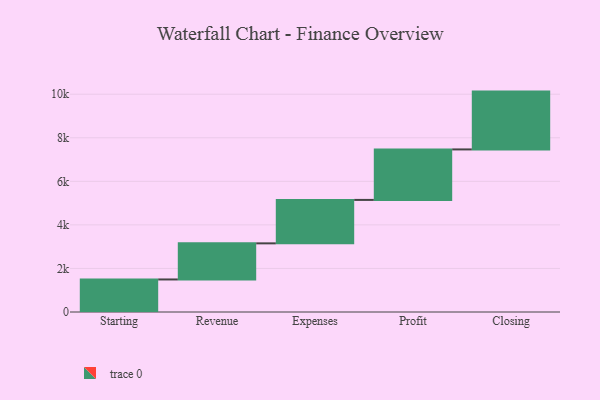
{"axis": {"x": "Step", "y": "Value"}, "legend": [""], "data": [{"x": "Starting", "y": 1494.0, "type": ""}, {"x": "Revenue", "y": 1658.0, "type": ""}, {"x": "Expenses", "y": 1995.0, "type": ""}, {"x": "Profit", "y": 2318.0, "type": ""}, {"x": "Closing", "y": 2655.0, "type": ""}]}